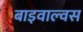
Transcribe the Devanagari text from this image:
बाइवाल्वस